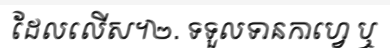
ដែលលើស។២. ទទួលទានកាហ្វេ ឬ